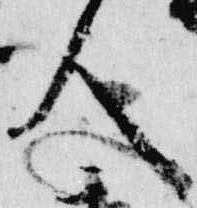
人